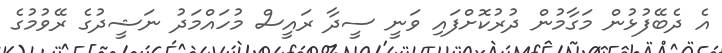
އެ ދެބޭފުޅުން މަގާމުން ދުރުކޮށްފައި ވަނީ ސީދާ ރައީސް މުހައްމަދު ނަޝީދުގެ ރޭވުމުގެ